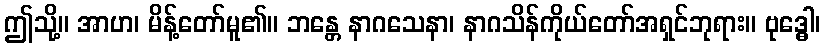
ဤသို့။ အာဟ၊ မိန့်တော်မူ၏။ ဘန္တေ နာဂသေနာ၊ နာဂသိန်ကိုယ်တော်အရှင်ဘုရား။ ဗုဒ္ဓေါ၊